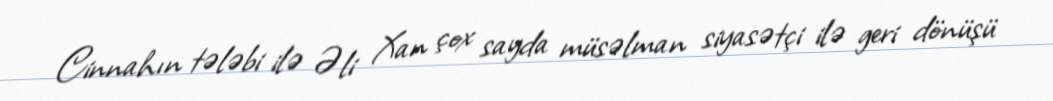
Cinnahın tələbi ilə Əli Xan çox sayda müsəlman siyasətçi ilə geri dönüşü